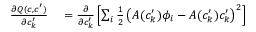
\begin{array} { r l } { \frac { \partial Q ( c , c ^ { \prime } ) } { \partial c _ { k } ^ { \prime } } } & { { } = \frac { \partial } { \partial c _ { k } ^ { \prime } } \left[ \sum _ { i } \frac { 1 } { 2 } \left( A ( c _ { k } ^ { \prime } ) \phi _ { i } - A ( c _ { k } ^ { \prime } ) c _ { k } ^ { \prime } \right) ^ { 2 } \right] } \end{array}